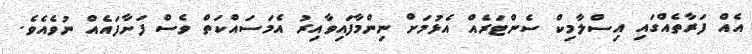
އެއް ފަރާތެއްގައި އިސްލާމިކް ސެންޓަރެއް އެޅުމަށް ނިންމާފައިވާއިރު އެމަސައްކަތް ވެސް ފަށާފައެއް ނުވެއެވެ.